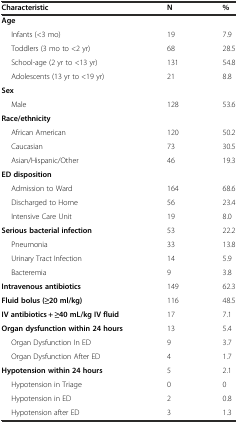
| Characteristic | N | % |
 | --- | --- | --- |
 | Age |  |  |
 | Infants (<3 mo) | 19 | 7.9 |
 | Toddlers (3 mo to <2 yr) | 68 | 28.5 |
 | School-age (2 yr to <13 yr) | 131 | 54.8 |
 | Adolescents (13 yr to <19 yr) | 21 | 8.8 |
 | Sex |  |  |
 | Male | 128 | 53.6 |
 | Race/ethnicity |  |  |
 | African American | 120 | 50.2 |
 | Caucasian | 73 | 30.5 |
 | Asian/Hispanic/Other | 46 | 19.3 |
 | ED disposition |  |  |
 | Admission to Ward | 164 | 68.6 |
 | Discharged to Home | 56 | 23.4 |
 | Intensive Care Unit | 19 | 8.0 |
 | Serious bacterial infection | 53 | 22.2 |
 | Pneumonia | 33 | 13.8 |
 | Urinary Tract Infection | 14 | 5.9 |
 | Bacteremia | 9 | 3.8 |
 | Intravenous antibiotics | 149 | 62.3 |
 | Fluid bolus (≥20 ml/kg) | 116 | 48.5 |
 | IV antibiotics + ≥40 mL/kg IV fluid | 17 | 7.1 |
 | Organ dysfunction within 24 hours | 13 | 5.4 |
 | Organ Dysfunction In ED | 9 | 3.7 |
 | Organ Dysfunction After ED | 4 | 1.7 |
 | Hypotension within 24 hours | 5 | 2.1 |
 | Hypotension in Triage | 0 | 0 |
 | Hypotension in ED | 2 | 0.8 |
 | Hypotension after ED | 3 | 1.3 |